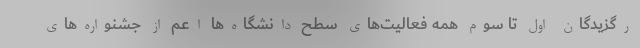
رگزیدگان اول تا سوم همه فعالیت‌های سطح دانشگاه‌ها اعم از جشنواره‌های